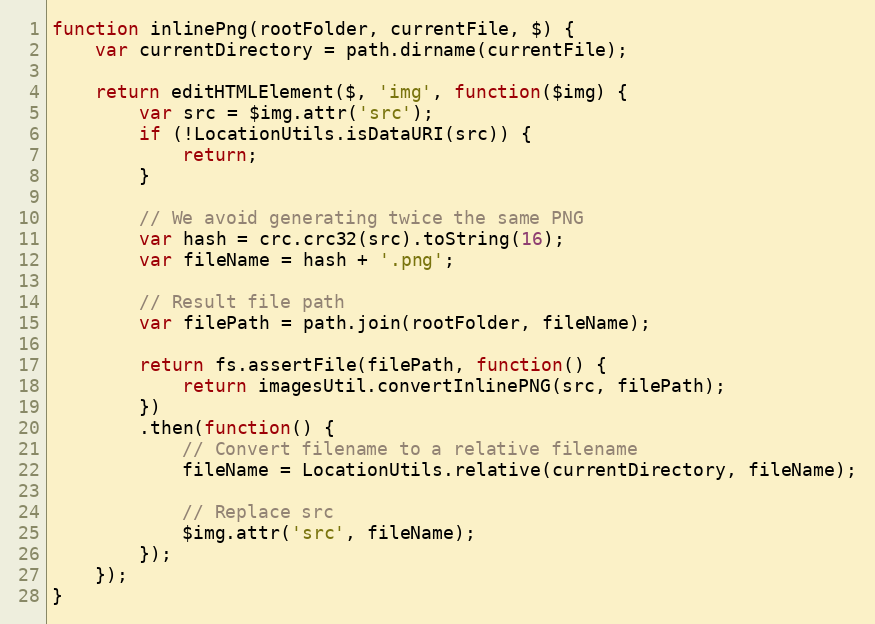
Language: JavaScript
function inlinePng(rootFolder, currentFile, $) {
    var currentDirectory = path.dirname(currentFile);

    return editHTMLElement($, 'img', function($img) {
        var src = $img.attr('src');
        if (!LocationUtils.isDataURI(src)) {
            return;
        }

        // We avoid generating twice the same PNG
        var hash = crc.crc32(src).toString(16);
        var fileName = hash + '.png';

        // Result file path
        var filePath = path.join(rootFolder, fileName);

        return fs.assertFile(filePath, function() {
            return imagesUtil.convertInlinePNG(src, filePath);
        })
        .then(function() {
            // Convert filename to a relative filename
            fileName = LocationUtils.relative(currentDirectory, fileName);

            // Replace src
            $img.attr('src', fileName);
        });
    });
}